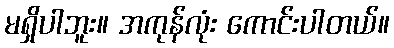
မရှိပါဘူး။ အကုန်လုံး ကောင်းပါတယ်။